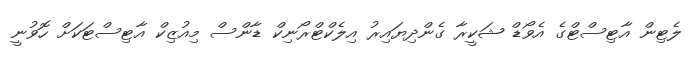
ލެޓިން އާޓިސްޓްގެ އެވޯޑް ޝަކީރާ ގެންދިޔައިރު އިލެކްޓްރޯނިކް ޑާންސް މިއުޒިކް އާޓިސްޓަކަށް ހޮވުނީ